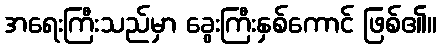
အရေးကြီးသည်မှာ ခွေးကြီးနှစ်ကောင် ဖြစ်၏။